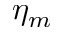
\eta _ { m }